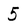
Character: 5